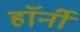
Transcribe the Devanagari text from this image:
हॉर्नी